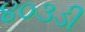
૪૦૩ડી